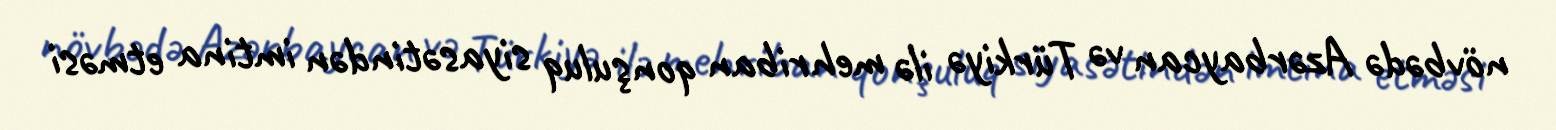
növbədə Azərbaycan və Türkiyə ilə mehriban qonşuluq siyasətindən imtina etməsi